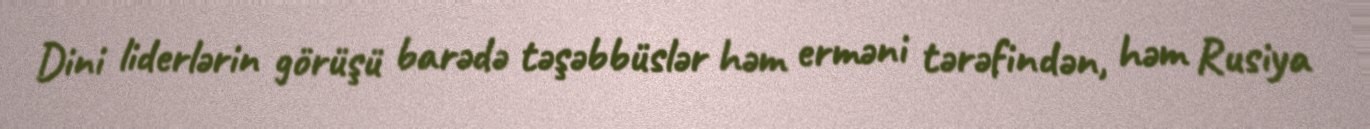
Dini liderlərin görüşü barədə təşəbbüslər həm erməni tərəfindən, həm Rusiya